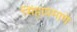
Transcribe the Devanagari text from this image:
सिंहाप्रमाणे